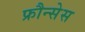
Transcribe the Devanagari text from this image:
फ्रौन्सेस